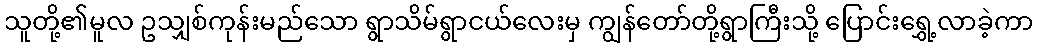
သူတို့၏မူလ ဥသျှစ်ကုန်းမည်သော ရွာသိမ်ရွာငယ်လေးမှ ကျွန်တော်တို့ရွာကြီးသို့ ပြောင်းရွှေ့လာခဲ့ကာ